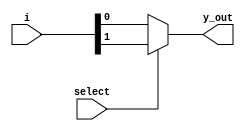
// This program was cloned from: https://github.com/Suni123456789/100DaysRTL
// License: Apache License 2.0

`timescale 1ns / 1ps

module mux_2_1(
    input [1:0] i,
    input select,
    output y_out    
    );
    assign y_out= select ? i[1] : i[0];
endmodule

module gates_mux(
    input a, b,
    output nand_out, nor_out
    );
    wire bbar;
    
    mux_2_1 mbbar({1'b0, 1'b1}, b, bbar);
    
    mux_2_1 mnand({bbar, 1'b1}, a, nand_out);
    mux_2_1 mnor({1'b0, bbar}, a, nor_out);
endmodule